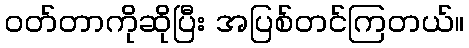
ဝတ်တာကိုဆိုပြီး အပြစ်တင်ကြတယ်။